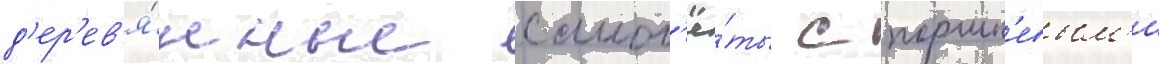
д'ер'ев'я́нные самол'ё́ты с поршн'евым'и